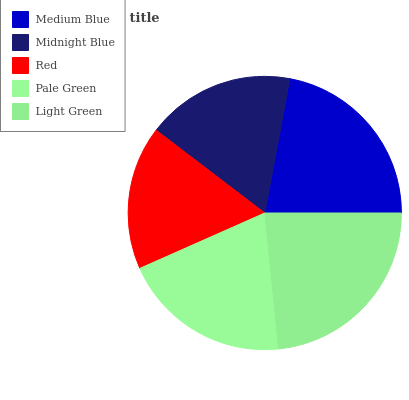
| Medium Blue | Midnight Blue | Red | Pale Green | Light Green |
 | --- | --- | --- | --- | --- |
 | 22.1% | 17.5% | 17% | 20% | 23.4% |